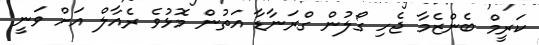
ކަރީމް ބެންޒެމާ ޖެހި ގޯލުން ގްރަނާޑާ އަތުން މޮޅުވެ ރެއާލް އަށް ވަނީ